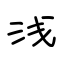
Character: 浅